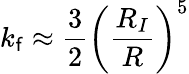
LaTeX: k_{\mathsf{f}}\approx\frac{{3}}{{2}}\left(\frac{{R_{I}}}{{R}}\right)^{5}